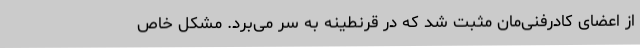
از اعضای کادرفنی‌مان مثبت شد که در قرنطینه به سر می‌برد. مشکل خاص